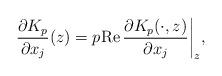
LaTeX: \begin{align*}\frac{\partial{K_p}}{\partial{x}_j}(z)=p\mathrm{Re}\,\frac{\partial{K_p(\cdot,z)}}{\partial{x_j}}\bigg|_z,\end{align*}